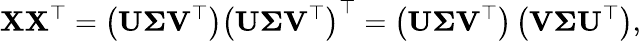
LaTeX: \mathbf{X}\mathbf{X}^{\top}=\left(\mathbf{U}\mathbf{\Sigma}\mathbf{V}^{\top}\right)\left(\mathbf{U}\mathbf{\Sigma}\mathbf{V}^{\top}\right)^{\top}=\left(\mathbf{U}\mathbf{\Sigma}\mathbf{V}^{\top}\right)\left(\mathbf{V}\mathbf{\Sigma}\mathbf{U}^{\top}\right),